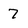
Character: 7